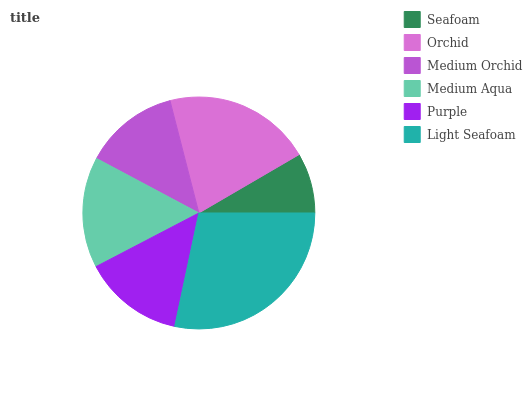
| Seafoam | Orchid | Medium Orchid | Medium Aqua | Purple | Light Seafoam |
 | --- | --- | --- | --- | --- | --- |
 | 8.41% | 20.5% | 13.2% | 15.5% | 14% | 28.4% |